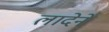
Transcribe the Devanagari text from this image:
लादेने